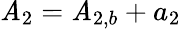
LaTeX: {\mathit{A}_{2}}={\mathit{A}_{2,b}}+{a_{2}}